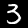
Digit: 3